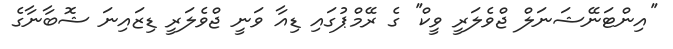
''އިންޓަނޭޝަނަލް ޖްވެލަރީ ވީކް'' ގެ ރޭމްޕުގައި ޑިއާ ވަނީ ޖްވެލަރީ ޑިޒައިނަ ޝޮބާނާގެ